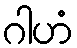
ဂါဟံ